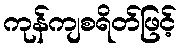
ကုန်ကျစရိတ်ဖြင့်